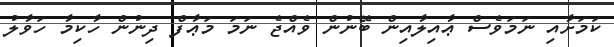
ކަމަށާއި ނަމަވެސް ޢާއިލާއިން ބޭނުން ވެއްޖެ ނަމަ މަޢާފް ދިނުން ހާކިމާ ހަވާލު